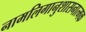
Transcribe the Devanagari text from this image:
नामलिगानुशासनात्मक